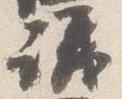
議